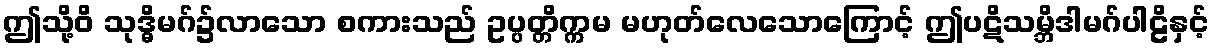
ဤသို့ဝိ သုဒ္ဓိမဂ်၌လာသော စကားသည် ဥပ္ပတ္တိက္ကမ မဟုတ်လေသောကြောင့် ဤပဋိသမ္ဘိဒါမဂ်ပါဠိနှင့်